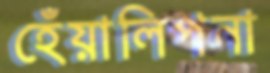
হেঁয়ালিপনা